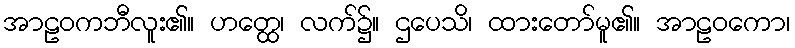
အာဠဝကဘီလူး၏။ ဟတ္ထေ၊ လက်၌။ ဌပေသိ၊ ထားတော်မူ၏။ အာဠဝကော၊